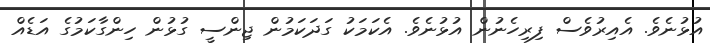
އުޅުނެވެ. އެއިރުވެސް ފިރިހެނުން އުޅުނެވެ. އެކަމަކު ގަދަކަމުން ޖިންސީ ގުޅުން ހިންގާކަމުގެ އަޑެއް